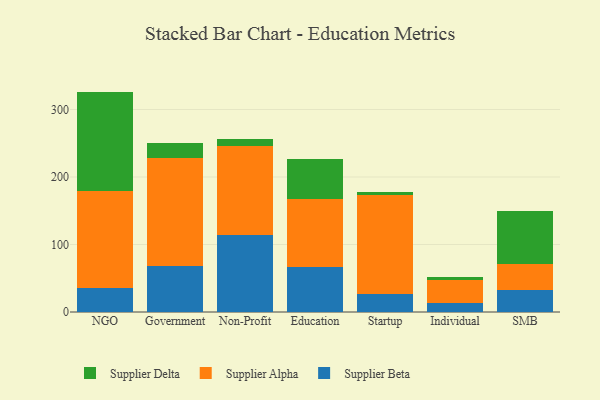
{"axis": {"x": "Segment", "y": "Churn Rate (%)"}, "legend": ["Supplier Alpha", "Supplier Beta", "Supplier Delta"], "data": [{"x": "NGO", "y": 35.2, "type": "Supplier Beta"}, {"x": "NGO", "y": 144.4, "type": "Supplier Alpha"}, {"x": "NGO", "y": 146.9, "type": "Supplier Delta"}, {"x": "Government", "y": 67.5, "type": "Supplier Beta"}, {"x": "Government", "y": 160.0, "type": "Supplier Alpha"}, {"x": "Government", "y": 22.2, "type": "Supplier Delta"}, {"x": "Non-Profit", "y": 114.2, "type": "Supplier Beta"}, {"x": "Non-Profit", "y": 131.6, "type": "Supplier Alpha"}, {"x": "Non-Profit", "y": 10.1, "type": "Supplier Delta"}, {"x": "Education", "y": 66.6, "type": "Supplier Beta"}, {"x": "Education", "y": 100.8, "type": "Supplier Alpha"}, {"x": "Education", "y": 59.6, "type": "Supplier Delta"}, {"x": "Startup", "y": 26.5, "type": "Supplier Beta"}, {"x": "Startup", "y": 146.4, "type": "Supplier Alpha"}, {"x": "Startup", "y": 5.3, "type": "Supplier Delta"}, {"x": "Individual", "y": 13.6, "type": "Supplier Beta"}, {"x": "Individual", "y": 33.7, "type": "Supplier Alpha"}, {"x": "Individual", "y": 5.1, "type": "Supplier Delta"}, {"x": "SMB", "y": 32.4, "type": "Supplier Beta"}, {"x": "SMB", "y": 39.4, "type": "Supplier Alpha"}, {"x": "SMB", "y": 77.9, "type": "Supplier Delta"}]}